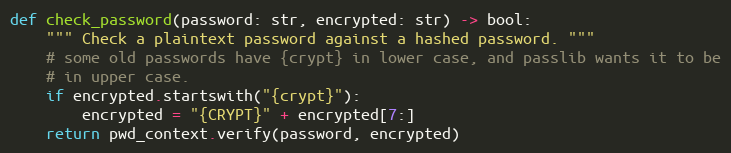
Language: Python
def check_password(password: str, encrypted: str) -> bool:
    """ Check a plaintext password against a hashed password. """
    # some old passwords have {crypt} in lower case, and passlib wants it to be
    # in upper case.
    if encrypted.startswith("{crypt}"):
        encrypted = "{CRYPT}" + encrypted[7:]
    return pwd_context.verify(password, encrypted)